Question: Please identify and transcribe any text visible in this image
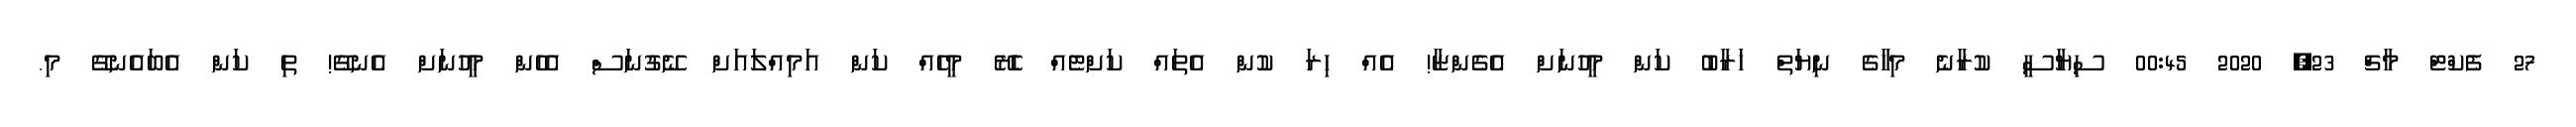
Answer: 27 ފެކްޓް މާޗް 23, 2020 00:45 ސިޔާސީ ކުރާނެ މިހާގެ ނިޔަތް ޚަރާބު ކަން މީހުނަށް އެގެންޏާ! އެއް ހިރަ ކުން އެތައް ކަށްޓެއް ހެރޭ މީހެއް ކަން އަމިއްލައަށް ނޭގުނަސް އެހެން މީހުނަށް އެނގޭ! ތި ކަން އެބައެނގޭ މި.